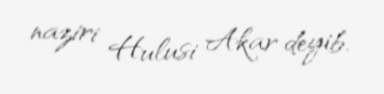
naziri Hulusi Akar deyib.